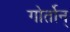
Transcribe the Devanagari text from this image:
गोर्तोन्